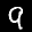
Label: 9